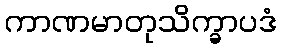
ကာဏမာတုသိက္ခာပဒံ